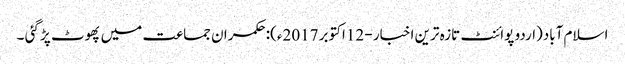
اسلام آباد(اردو پوائنٹ تازہ ترین اخبار - 12اکتوبر 2017ء):حکمران جماعت میں پھوٹ پڑ گئی ۔